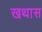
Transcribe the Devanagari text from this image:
खथास